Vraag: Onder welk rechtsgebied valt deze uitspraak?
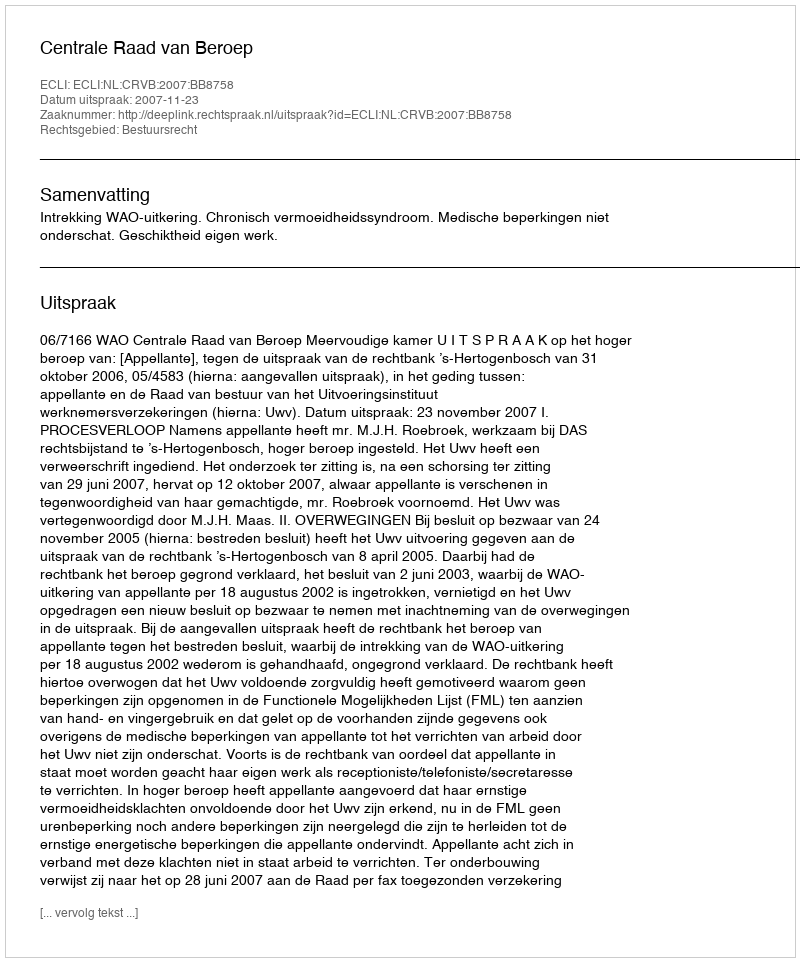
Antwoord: Bestuursrecht